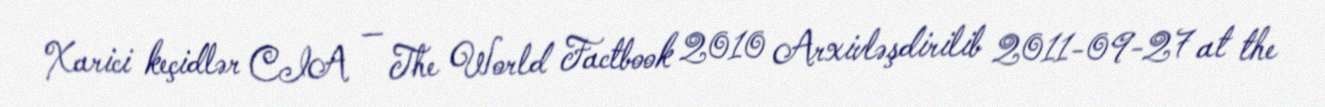
Xarici keçidlər CIA — The World Factbook 2010 Arxivləşdirilib 2011-09-27 at the